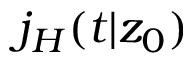
j _ { H } ( t | z _ { 0 } )